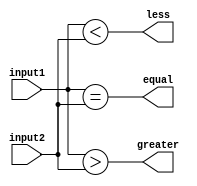
module comparator (
  input [3:0] input1,
  input [3:0] input2,
  output equal,
  output greater,
  output less
);

// Comparing all bits
assign equal = (input1 == input2);
assign greater = (input1 > input2);
assign less = (input1 < input2);

endmodule